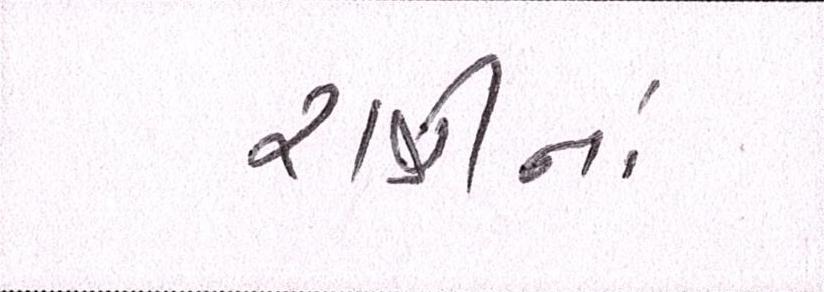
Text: રાત્રીનાં